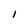
Character: l